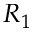
R _ { 1 }